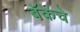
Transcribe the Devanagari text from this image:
बॅकेचे